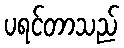
ပရင်တာသည်